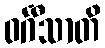
ဝင်္ဂီသာတိ